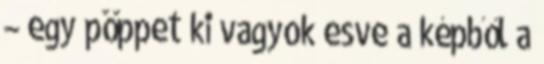
– egy pöppet ki vagyok esve a képből a